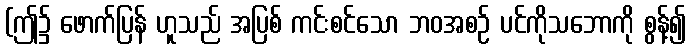
(ဤ၌ ဖောက်ပြန် ဟူသည် အပြစ် ကင်းစင်သော ဘဝအစဉ် ပင်ကိုသဘောကို စွန့်၍